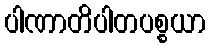
ပါဏာတိပါတပစ္စယာ